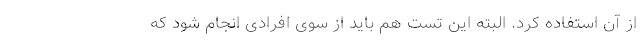
از آن استفاده کرد. البته این تست هم باید از سوی افرادی انجام شود که